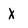
Character: x